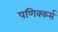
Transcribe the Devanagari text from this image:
पणिक्कर्स